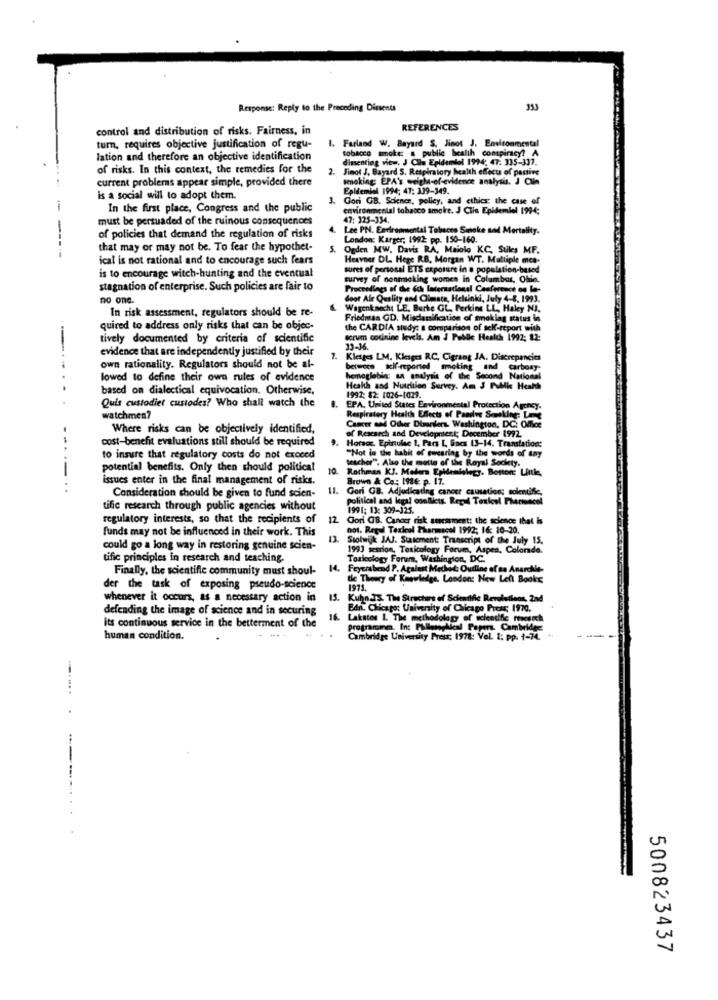
Response: Reply to the Preceding Diments
353
control and distribution of risks. Fairness, in
REFERENCES
1. Farland W. Bayard S. Jinot J. Environmental
turn, requires objective justification of regu-
tobacco smoke: s public health conspiracy? A
lation and therefore an objective identification
dimenting view, J Chu Epidemiol 1994: 47: 335-337.
of risks. In this context, the remedies for the
2. Jinot J, Bayard S. Respiratory health effects of passive
current problems appear simple, provided there
smoking: EPA's weigh-of-evidence analysis. J Clin
Epidemiol 1994; 47: 339-349.
is a social will to adopt them.
Gori GB. Science, polley, and ethics; the case of
In the first place, Congress and the public
environmental tobacco smoke. J Clin Epidemiol 1994;
must be persuaded of the ruinous consequences
47: 325-334.
4.
Lee PN. Environmental Tobacco Smoke and Mortality.
of policies that demand the regulation of risks
London: Karger, 1992: pp. 150-160.
------
that may or may not be. To fear the hypothet-
Ogden MW. Davis RA, Maiolo KC, Sules MF.
ical is not rational and to encourage such fears
Heavner DL Hege RB, Morgan WT. Multiple mca-
ures of penosal ETS exposure in a population-based
is to encourage witch-hunting and the eventual
survey of nonmaking women in Columbus, Ohio.
stagnation of enterprise. Such policies are fair to
Proceedings of the ich laternational Conference on la-
no one.
door Ale Quality and Climate, Helsinki, July 4-8, 1993.
In risk assessment, regulators should be re-
Wagenknecht LE. Burke GL, Perkins LL, Haley NJ.
Friedmas GD. Misclarification of smoking status in
quired to address only risks that can be objec-
the CARDIA study: a comparison of sek-report with
tively documented by criteria of scientific
scrum colinine levels. Am J Public Health 1992; 12:
evidence that are independently justified by their
33-36.
7. Klettes LM. Klesges R.C. Cigrang JA. Discrepancies
own rationality. Regulators should not be al-
between self-reported smoking and carbony
lowed to define their own rules of evidence
hemoglobin: an analysis of the Second National
..... . .
based on dialectical equivocation. Otherwise,
Heath and Nutrition Survey. Am J Public Health
1992: 82: 1026-1029.
Quis custodiet custodes? Who shall watch the
Respiratory Health Effects of Passive Seeking: Le
EPA, United States Environmental Protection Agency.
watchmen?
Where risks can be objectively identified,
Cancer and Other Dlaniers. Washington, DC: Office
cost-benefit evaluations still should be required
Horses. Epirtulse 1, Pars L, Gnes 13-14. Translation:
of Research and Development; December 1992.
to insure that regulatory costs do not exceed
teacher". Also the mette of the Royal Society.
"Not in the habit of swearing by the words of any
potential benefits. Only then should political
10. Rothman KJ. Madera Epidemialegy. Boston: Link,
issues enter in the final management of risks.
Brown & Co .; 198€ p. 17.
-----..
11. Gori GB. Adjudicading cancer causation; scientific,
Consideration should be given to fund scien-
political and legal conflicts. Regul Toxicol Pharmacel
tific research through public agencies without
1991; 13: 309-325.
regulatory interests, so that the recipients of
12
Cori OB. Cancer risk assessment: the science that is
funds may not be influenced in their work. This
not. Regul Texleol Pharmacol 1992; 16: 10-20.
Stolwijk JAJ. Statement: Transcript of the July 15.
could go a long way in restoring genuine scien-
1993 sesion, Toxicology Forum, Aspen, Colorado.
tific principles in research and teaching.
Toxicology Forum, Washington, DC.
Finally, the scientific community must shoul-
14.
Feyerabend P. Agalest Method: Oudine of sa Anarchie-
the Theory of Knowledge. London: New Left Books
der the task of exposing pseudo-science
1975.
whenever it occurs, as a necessary action in
15.
Kuhn.JS. The Structure of Scientific Revelations, Zad
defending the image of science and in securing
Bdn. Chicago: University of Chicago Press; 1970.
16.
Lakatos 1. The methodology of scleedfe rootoch
its continuous service in the betterment of the
Programma. In: Palleoptical Papir. Cambridge
human condition.
Cambridge University Press, 1978: Vol. 1: Pp. 1-74. N.
.........
500823437